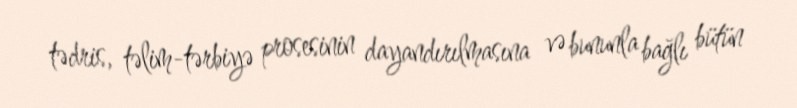
tədris, təlim-tərbiyə prosesinin dayandırılmasına və bununla bağlı bütün